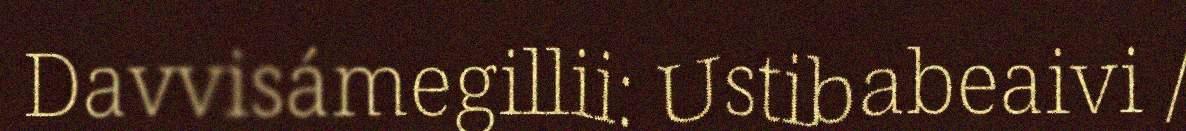
Davvisámegillii: Ustibabeaivi /